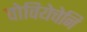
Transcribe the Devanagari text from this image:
वोवियेचेनि